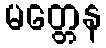
မတ္တေန